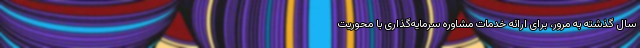
سال گذشته به مرور، برای ارائه خدمات مشاوره سرمایه‌گذاری با محوریت